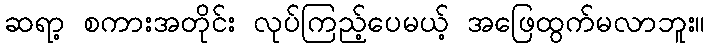
ဆရာ့ စကားအတိုင်း လုပ်ကြည့်ပေမယ့် အဖြေထွက်မလာဘူး။